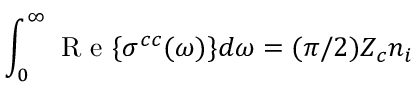
\int _ { 0 } ^ { \infty } \mathrm { ~ R ~ e ~ } \{ \sigma ^ { c c } ( \omega ) \} d \omega = ( \pi / 2 ) Z _ { c } n _ { i }